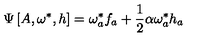
\Psi \left[ A , \omega ^ { * } , h \right] = \omega _ { a } ^ { * } f _ { a } + \frac { 1 } { 2 } \alpha \omega _ { a } ^ { * } h _ { a }